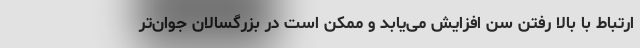
ارتباط با بالا رفتن سن افزایش می‌یابد و ممکن است در بزرگسالان جوان‌تر